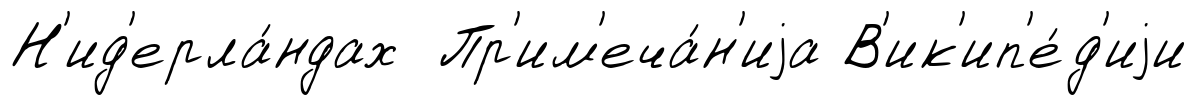
Н'ид'ерла́ндах Пр'им'еча́н'иjа В'ик'ип'е́д'иjи